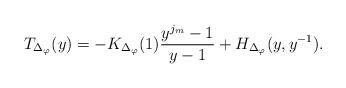
LaTeX: \begin{align*} T_{\Delta_\varphi}( y ) = -K_{\Delta_\varphi}(1) \frac{y^{j_m} -1}{y-1} + H_{\Delta_\varphi}( y,y^{-1}).\end{align*}